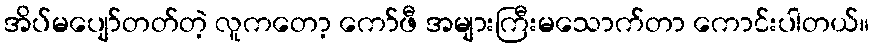
အိပ်မပျော်တတ်တဲ့ လူကတော့ ကော်ဖီ အများကြီးမသောက်တာ ကောင်းပါတယ်။